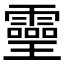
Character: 𤫊